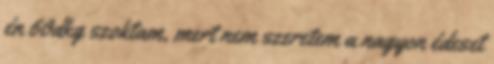
én 60dkg szoktam, mert nem szeretem a nagyon édeset